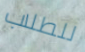
للطلاب